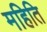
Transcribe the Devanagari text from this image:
महिति